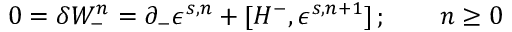
0 = \delta W _ { - } ^ { n } = \partial _ { - } \epsilon ^ { s , n } + [ H ^ { - } , \epsilon ^ { s , n + 1 } ] \, ; \qquad n \geq 0